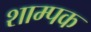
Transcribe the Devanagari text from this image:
शाम्पक